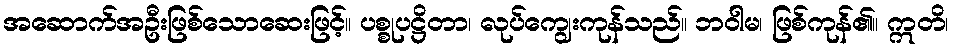
အဆောက်အဦးဖြစ်သောဆေးဖြင့်။ ပစ္စုပဋ္ဌိတာ၊ လုပ်ကျွေးကုန်သည်။ ဘဝါမ၊ ဖြစ်ကုန်၏။ ဣတိ၊